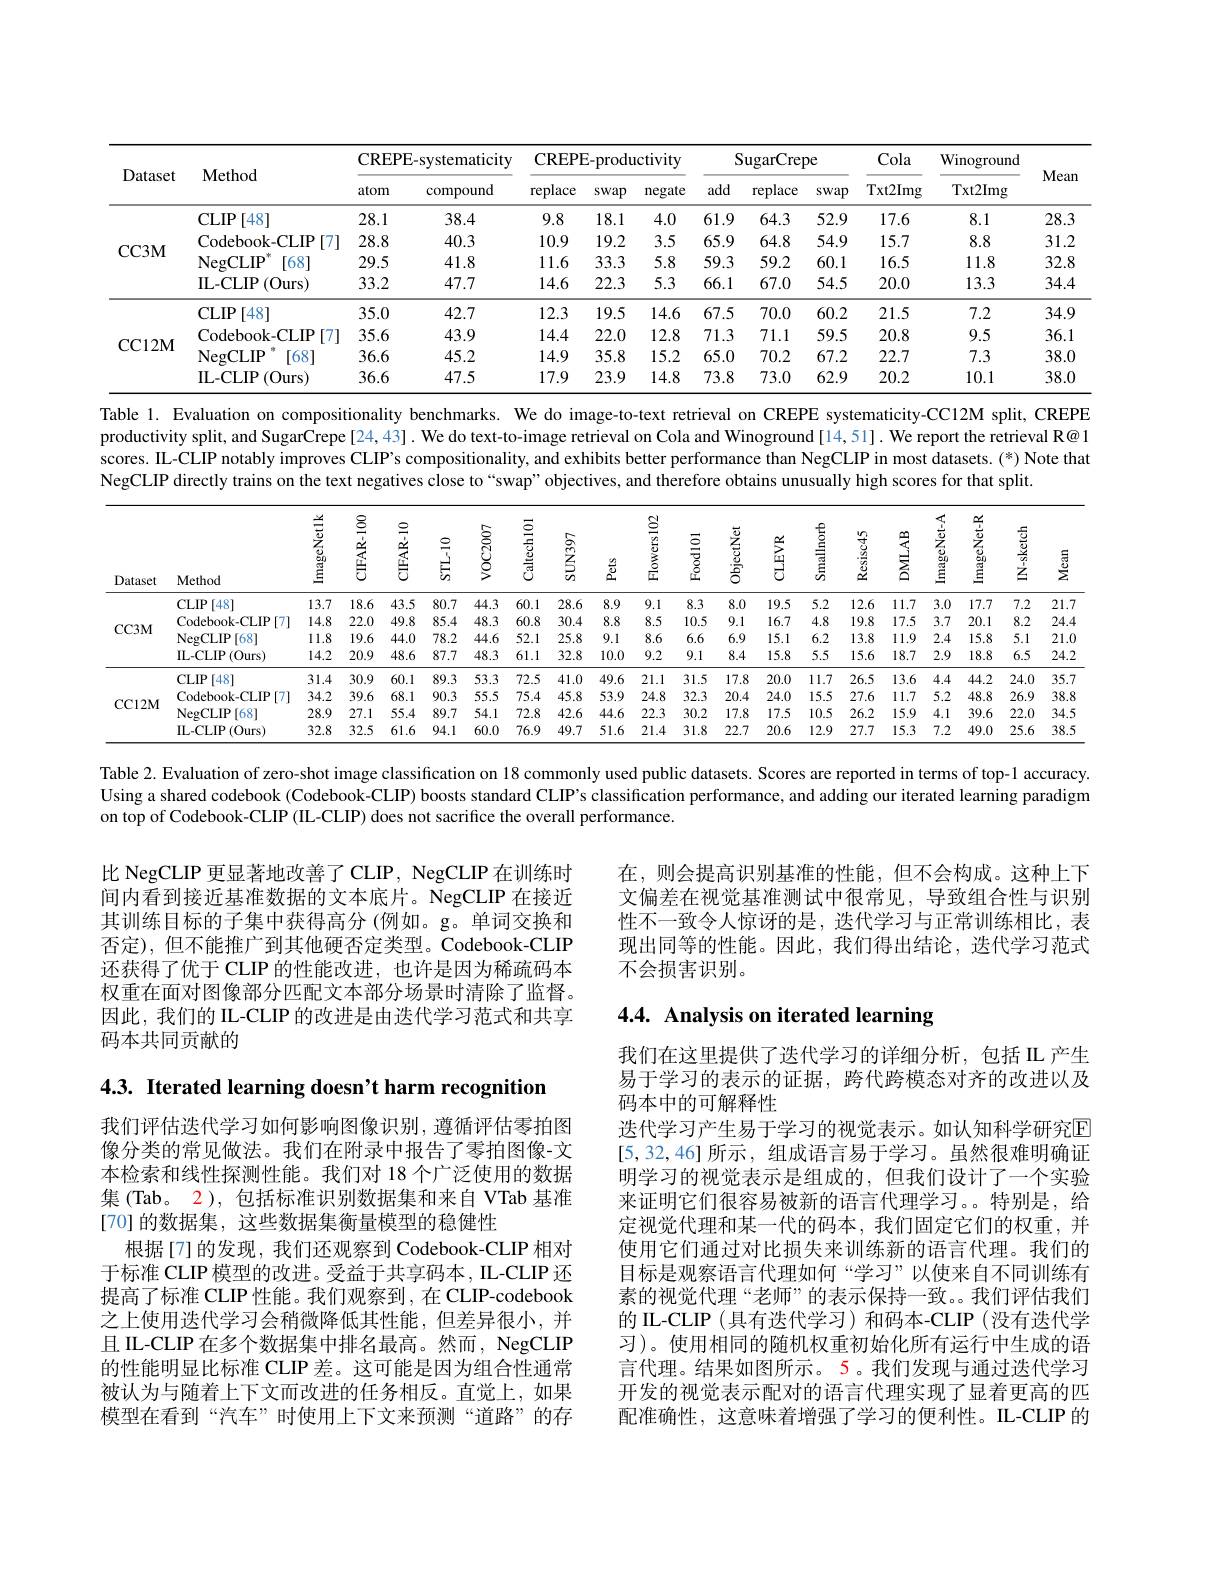
<table>
	<tbody>
		<tr>
			<th rowspan="2">Dataset</th>
			<th rowspan="2">Method</th>
			<th colspan="2">CREPE-systematicity</th>
			<th colspan="2">CREPE- productivity</th>
			<th colspan="3">SugarCrepe</th>
			<th rowspan="2">Cola Txt2Img</th>
			<th rowspan="2">Winoground Txt2Img</th>
			<th rowspan="2">Mean</th>
		</tr>
		<tr>
			<th>atom</th>
			<th>compound</th>
			<th>replace</th>
			<th>wap</th>
			<th>add</th>
			<th>replace</th>
			<th>swap</th>
		</tr>
		<tr>
			<td rowspan="4">CC3M</td>
			<td>$CLIP$ [48] 1</td>
			<td>28.1</td>
			<td>38.4</td>
			<td>9.8</td>
			<td>.8.1</td>
			<td>61.9</td>
			<td>64.3</td>
			<td>52.9</td>
			<td>17.6</td>
			<td>8.1</td>
			<td>28.3</td>
		</tr>
		<tr>
			<td>Codebook- CLIP ?[7]</td>
			<td>28.8</td>
			<td>40.3</td>
			<td>10.9</td>
			<td>.9.2</td>
			<td>65.9</td>
			<td>64.8</td>
			<td>54.9</td>
			<td>15.7</td>
			<td>8.8</td>
			<td>31.2</td>
		</tr>
		<tr>
			<td>$\operatorname{NegCLIP}$ [68]</td>
			<td>29.5</td>
			<td>41.8</td>
			<td>11.6</td>
			<td>33.3</td>
			<td>59.3</td>
			<td>59.2</td>
			<td>60.1</td>
			<td>16.5</td>
			<td>11.8</td>
			<td>32.8</td>
		</tr>
		<tr>
			<td>IL- CLIP (0urs)</td>
			<td>33.2</td>
			<td>47.7</td>
			<td>14.6</td>
			<td>22.3</td>
			<td>66.1</td>
			<td>67.0</td>
			<td>54.5</td>
			<td>20.0</td>
			<td>13.3</td>
			<td>34.4</td>
		</tr>
		<tr>
			<td rowspan="4">CC12M</td>
			<td>$CLIP$ $\lceil48\rceil$</td>
			<td>35.0</td>
			<td>42.7</td>
			<td>12.3</td>
			<td>.9.5</td>
			<td>67.5</td>
			<td>70.0</td>
			<td>60.2</td>
			<td>21.5</td>
			<td>7.2</td>
			<td>34.9</td>
		</tr>
		<tr>
			<td>Codebook- CLIP ?[7]</td>
			<td>35.6</td>
			<td>43.9</td>
			<td>14.4</td>
			<td>22.0</td>
			<td>71.3</td>
			<td>71.1</td>
			<td>59.5</td>
			<td>20.8</td>
			<td>9.5</td>
			<td>36.1</td>
		</tr>
		<tr>
			<td>$\operatorname{NegCLIP}$ $\lceil68\rceil$</td>
			<td>36.6</td>
			<td>45.2</td>
			<td>14.9</td>
			<td>35.8</td>
			<td>65.0</td>
			<td>70.2</td>
			<td>67.2</td>
			<td>22.7</td>
			<td>7.3</td>
			<td>38.0</td>
		</tr>
		<tr>
			<td>IL- CLIP (0urs)</td>
			<td>36.6</td>
			<td>47.5</td>
			<td>17.9</td>
			<td>23.9</td>
			<td>73.8</td>
			<td>73.0</td>
			<td>62.9</td>
			<td>20.2</td>
			<td>10.1</td>
			<td>38.0</td>
		</tr>
	</tbody>
</table>

Table 1. Evaluation on compositionality benchmarks. We do image-to-text retrieval on CREPE systematicity-CC12M split, CREPE productivity split, and SugarCrepe[24,43]. We do text-to-image retrieval on Cola and Winoground[14,51]. We report the retrieval R@1 scores. IL-CLIP notably improves CLIP's compositionality, and exhibits better performance than NegCLIP in most datasets. (*) Note that NegCLIP directly trains on the text negatives close to“swap”objectives, and therefore obtains unusually high scores for that split.

<FigureHere>

Table 2. Evaluation of zero-shot image classification on 18 commonly used public datasets. Scores are reported in terms of top-1 accuracy. Using a shared codebook (Codebook-CLIP) boosts standard CLIP's classification performance, and adding our iterated learning paradigm on top of Codebook-CLIP (IL-CLIP) does not sacrifice the overall performance.

在，则会提高识别基准的性能，但不会构成。这种上下文偏差在视觉基准测试中很常见，导致组合性与识别性不一致令人惊讶的是，迭代学习与正常训练相比，表现出同等的性能。因此，我们得出结论，迭代学习范式不会损害识别。

比 NegCLIP 更显著地改善了 CLIP, NegCLIP 在训练时间内看到接近基准数据的文本底片。NegCLIP 在接近其训练目标的子集中获得高分(例如。g。单词交换和否定), 但不能推广到其他硬否定类型。Codebook-CLIP 还获得了优于 CLIP 的性能改进，也许是因为稀疏码本权重在面对图像部分匹配文本部分场景时清除了监督。因此，我们的 IL-CLIP 的改进是由迭代学习范式和共享码本共同贡献的

# 4.4. Analysis on iterated learning

4.3. Iterated learning doesn't harm recognition

我们在这里提供了迭代学习的详细分析，包括 IL 产生易于学习的表示的证据，跨代跨模态对齐的改进以及码本中的可解释性
迭代学习产生易于学习的视觉表示。如认知科学研究$\overline{\mathrm{E}}$ [5,32,46]所示，组成语言易于学习。虽然很难明确证明学习的视觉表示是组成的，但我们设计了一个实验来证明它们很容易被新的语言代理学习。特别是，给定视觉代理和某一代的码本，我们固定它们的权重，并使用它们通过对比损失来训练新的语言代理。我们的目标是观察语言代理如何“学习”以使来自不同训练有素的视觉代理“老师”的表示保持一致。。我们评估我们的 IL-CLIP (具有迭代学习)和码本-CLIP (没有迭代学习)。使用相同的随机权重初始化所有运行中生成的语言代理。结果如图所示。5。我们发现与通过迭代学习开发的视觉表示配对的语言代理实现了显着更高的匹配准确性，这意味着增强了学习的便利性。IL-CLIP 的

我们评估迭代学习如何影响图像识别，遵循评估零拍图像分类的常见做法。我们在附录中报告了零拍图像-文本检索和线性探测性能。我们对 18 个广泛使用的数据集(Tab。2), 包括标准识别数据集和来自 VTab 基准[70]的数据集，这些数据集衡量模型的稳健性
根据[7]的发现，我们还观察到 Codebook-CLIP 相对于标准 CLIP 模型的改进。受益于共享码本，IL-CLIP 还提高了标准 CLIP 性能。我们观察到，在 CLIP-codebook 之上使用迭代学习会稍微降低其性能，但差异很小，并且 IL-CLIP 在多个数据集中排名最高。然而，NegCLIP 的性能明显比标准 CLIP 差。这可能是因为组合性通常被认为与随着上下文而改进的任务相反。直觉上，如果模型在看到“汽车”时使用上下文来预测“道路”的存